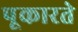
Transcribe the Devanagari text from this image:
पूकारते